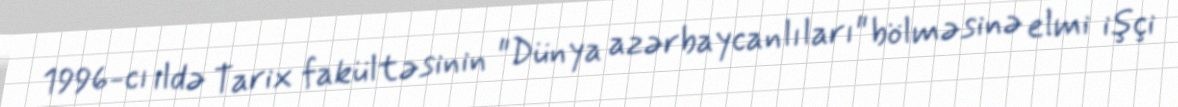
1996-cı ildə Tarix fakültəsinin "Dünya azərbaycanlıları" bölməsinə elmi işçi